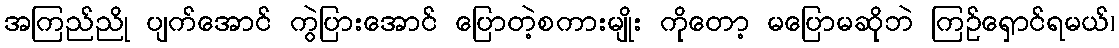
အကြည်ညို ပျက်အောင် ကွဲပြားအောင် ပြောတဲ့စကားမျိုး ကိုတော့ မပြောမဆိုဘဲ ကြဉ်ရှောင်ရမယ်၊